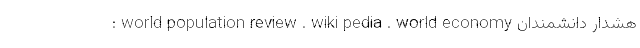
: world population review . wiki pedia . world economy هشدار دانشمندان